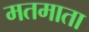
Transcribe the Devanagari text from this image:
मतमाता